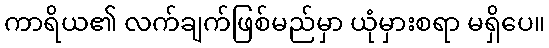
ကာရိယ၏ လက်ချက်ဖြစ်မည်မှာ ယုံမှားစရာ မရှိပေ။